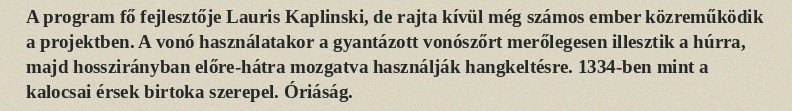
A program fő fejlesztője Lauris Kaplinski, de rajta kívül még számos ember közreműködik a projektben. A vonó használatakor a gyantázott vonószőrt merőlegesen illesztik a húrra, majd hosszirányban előre-hátra mozgatva használják hangkeltésre. 1334-ben mint a kalocsai érsek birtoka szerepel. Óriáság.